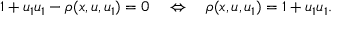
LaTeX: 1 + u _ { 1 } u _ { 1 } - \rho ( x , u , u _ { 1 } ) = 0 \quad \Leftrightarrow \quad \rho ( x , u , u _ { 1 } ) = 1 + u _ { 1 } u _ { 1 } .